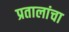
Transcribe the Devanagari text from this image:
प्रतालांचा